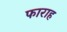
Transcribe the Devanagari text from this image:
फाराह